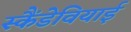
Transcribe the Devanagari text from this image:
स्कैंडेवियाई